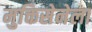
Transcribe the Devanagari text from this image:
मुक्तिसेनेला